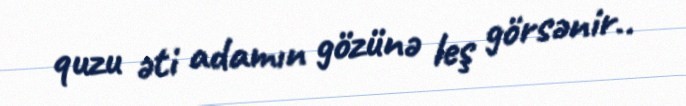
quzu əti adamın gözünə leş görsənir..